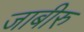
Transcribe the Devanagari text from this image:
जाबीरु